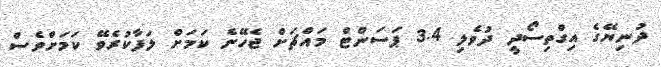
ދުނިޔޭގެ އިގްތިސޯދީ ދުވެލި 3.4 ޕަސަންޓް މައްޗަށް ޖެހޭނެ ކަމަށް ލަފާކުރެވޭ ކަަމަށްވެސް